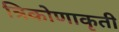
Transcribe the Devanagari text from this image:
त्रिकोणाकृती